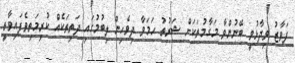
ފަވާޒު ވިދާޅުވީ ބޭނުންވާ މަގާމުތަކަށް ޝަރުތު ހަމަވާ ދިވެހިން ލިބުމުގައި ދަތިތަކެއް ކުރިމަތިވެފައިވާތީ